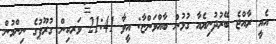
އެއީ ރާއްޖެ ބޭރުދުނިޔެއާ ގުޅުން ބާއްވަންޏާ: އީވާ 21:41 ވަރކިން ގުރޫޕުގެ ނިންމުން